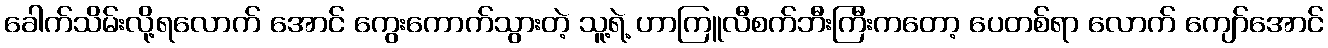
ခေါက်သိမ်းလို့ရလောက် အောင် ကွေးကောက်သွားတဲ့ သူ့ရဲ့ ဟာကြူလီစက်ဘီးကြီးကတော့ ပေတစ်ရာ လောက် ကျော်အောင်